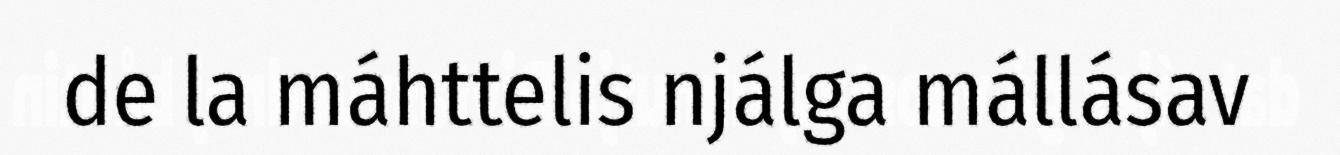
de la máhttelis njálga mállásav